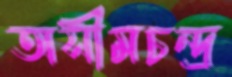
অসীমচন্দ্র